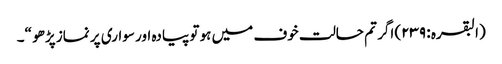
(البقرہ : ٢٣٩) اگر تم حالت خوف میں ہو تو پیادہ اور سواری پر نماز پڑھو “۔